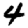
Digit: 4